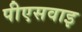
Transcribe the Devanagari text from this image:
पीएसवाइ